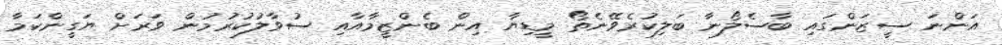
އަންނަ ސީޒަންގައި ބާސެލޯނާ ބަލިކުރެވޭނެތޯ މީޑިޔާ އިން ބެންޒީމާއާއި ސުވާލުކުރުމުން ވަރަށް ޔަގީންކަމާ